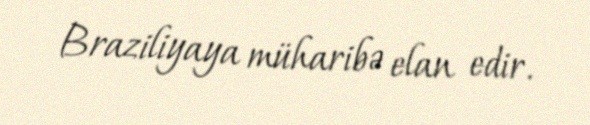
Braziliyaya müharibə elan edir.